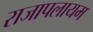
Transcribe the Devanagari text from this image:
राजापलायम